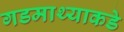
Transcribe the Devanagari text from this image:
गडमाथ्याकडे